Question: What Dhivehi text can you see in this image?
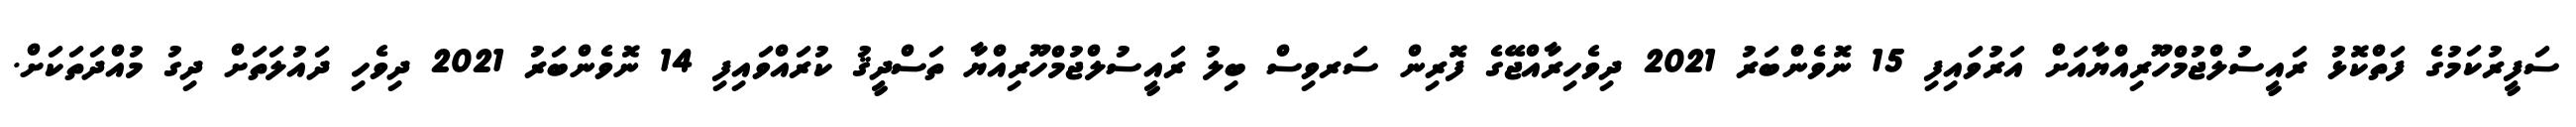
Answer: ސަފީރުކަމުގެ ފަތްކޮޅު ރައީސުލްޖުމްހޫރިއްޔާއަށް އަރުވައިފި 15 ނޮވެންބަރު 2021 ދިވެހިރާއްޖޭގެ ފޮރިން ސަރވިސް ބިލު ރައީސުލްޖުމްހޫރިއްޔާ ތަސްދީޤު ކުރައްވައިފި 14 ނޮވެންބަރު 2021 ދިވެހި ދައުލަތަށް ދިގު މުއްދަތަކަށް.